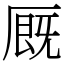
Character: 厩